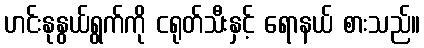
ဟင်းနုနွယ်ရွက်ကို ငရုတ်သီးနှင့် ရောနယ် စားသည်။